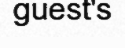
guest's